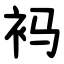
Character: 䘞